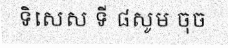
ទិសេស ទី ៨សូម ចុច